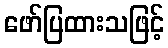
ဖော်ပြထားသဖြင့်